Civil Veterinary Dept. North-West Frontier Province 1933-46 - 1933-1946
Year: 1933
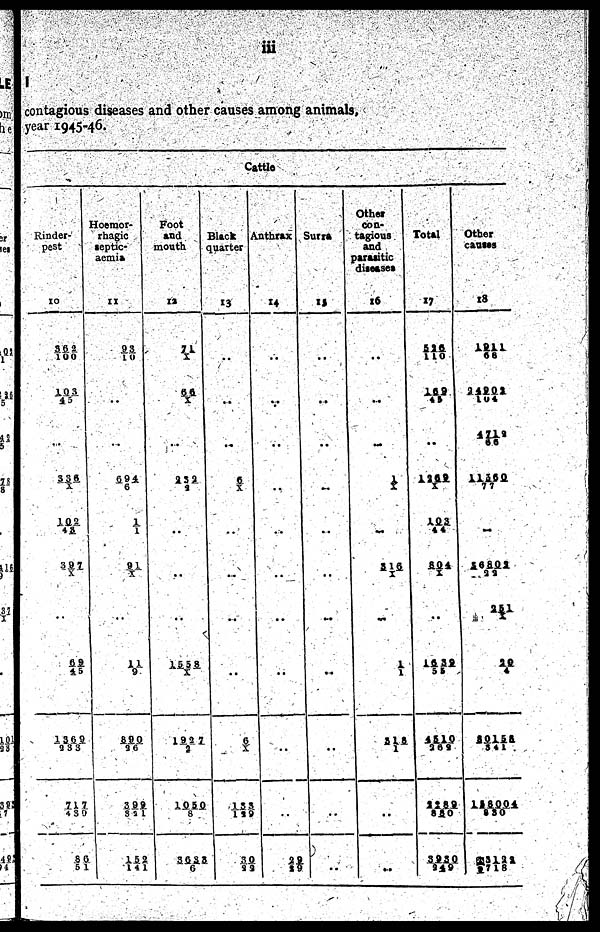
iii
I
contagious diseases and other causes among animals,
year 1945-46.
Cattle
Rinder-
pest
10
3 6 2/100
1 0 3/4 5
* *
3 3 6/X
1 0 2/4 3
3 9 7/X
..
6 9/4 5
1 3 6 9/233
7 1 7/4 3 0
8 6/51
Hoemor-
rhagic
septic-
aemia
11
9 3/ 1 0
..
* *
6 9 4/6
1/1
91/ X
..
1 1/9
8 9 0/2 6
3 9 9/3 2 1
152/1 4 1
Foot
and
mouth
1 2
7 1/X
6 6/X
..
2 3 2/9
..
..
..
1 5 5 8/X
1 9 3 7/2
1 0 5 0/8
3 6 3 8/6
Black
quarter
13
..
..
..
6/X
..
..
..
..
6/X
133/1 2 9
30/2 9
Anthrax
14
..
..
..
..
..
..
..
..
..
..
2 9/ 2 9
Surra
1 9
..
..
..
..
..
..
..
..
..
..
..
Other
con-
tagious
and
parasitic
diseases
16
..
..
..
1/1
..
3 1 6/ X
..
1/ 1
3 1 8/1
..
..
Total
17
526/110
1 6 9/4 5
..
1 3 6 9/X
1 0 3/44
8 0 4/X
..
1 6 3 9/55
1 5 1 0/2 6 9
2 2 5 2/8 8 0
3 9 3 0/ 2 4 9
Other
causes
18
1 9 1 1/6 5
2 4 9 0 2/1 0 4
4 7 1 8/6 6
11560/77
..
1 6 8 0 2
2 3
2 5 1/X
29/4
2 0 1 5 8/341
15 3 0 0 4/8 3 0
3 1 2 3/ 7 1 8